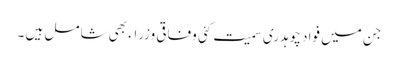
جن میں فواد چوہدری سمیت کئی وفاقی وزراء بھی شامل ہیں ۔